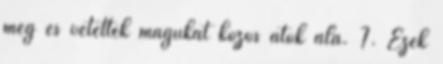
meg és vetették magukat közös átok alá. 7. Ezek